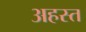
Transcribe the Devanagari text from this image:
अहस्त